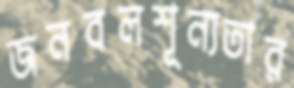
জনবলশূন্যতার